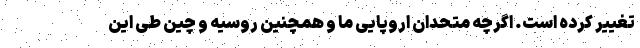
تغییر کرده است. اگرچه متحدان اروپایی ما و همچنین روسیه و چین طی این